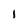
Character: I